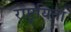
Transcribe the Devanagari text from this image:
राष्ट्र्यिता